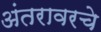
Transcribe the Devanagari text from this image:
अंतरावरचे